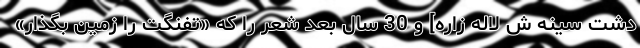
دشت سینه ش لاله زاره] و 30 سال بعد شعر را که «تفنگت را زمین بگذار»